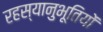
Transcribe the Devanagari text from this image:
रहस्यानुभूतियों